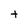
Character: t